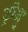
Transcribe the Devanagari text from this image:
ट्रीश्रू